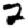
Digit: 2